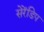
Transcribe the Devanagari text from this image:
सेरेंडिप